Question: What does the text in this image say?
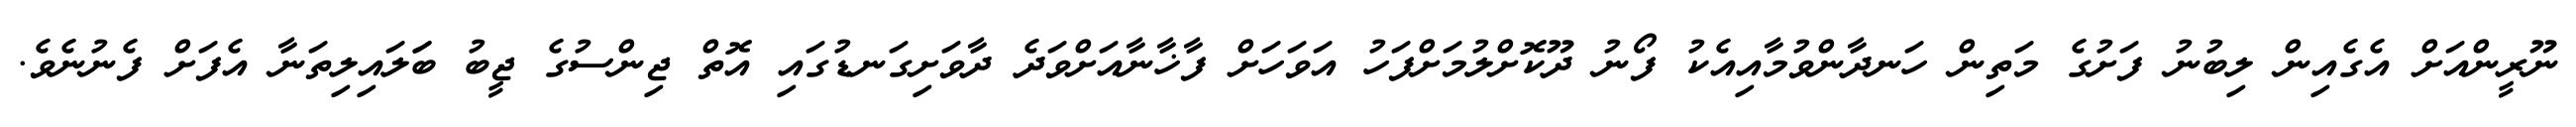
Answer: ނޫރީންއަށް އެގެއިން ލިބުނު ފަށުގެ މަތިން ހަނދާންވުމާއިއެކު ފޯނު ދޫކޮށްލުމަށްފަހު އަވަހަށް ފާޚާނާއަށްވަދެ ދާވަށިގަނޑުގައި އޮތް ޖިންސުގެ ޖީބު ބަަލައިލިތަނާ އެފަށް ފެނުނެވެ.